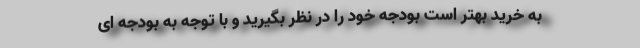
به خرید بهتر است بودجه خود را در نظر بگیرید و با توجه به بودجه ای